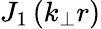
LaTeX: J_{1}\left(k_{\perp}r\right)